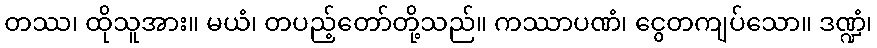
တဿ၊ ထိုသူအား။ မယံ၊ တပည့်တော်တို့သည်။ ကဿာပဏံ၊ ငွေတကျပ်သော။ ဒဏ္ဍံ၊